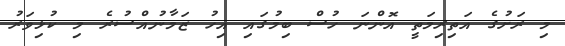
މި ރަށުގެ އަތިރިމަތީ އޮންނަ ހުސް ބިމުގައި އިހު ޒަމާނުއްސުރެ މި ކުޅިވަރު